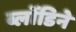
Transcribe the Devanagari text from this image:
ब्लोंडिने